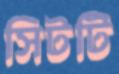
সিটটি